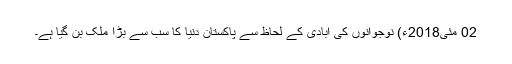
02 مئی2018ء) نوجوانوں کی آبادی کے لحاظ سے پاکستان دنیا کا سب سے بڑا ملک بن گیا ہے۔